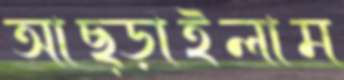
আছ্‌ড়াইলাম